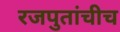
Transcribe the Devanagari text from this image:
रजपुतांचीच